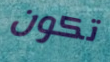
تكون